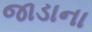
જાડાના